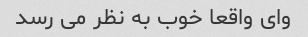
وای واقعا خوب به نظر می رسد